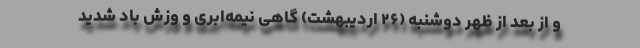
و از بعد از ظهر دوشنبه (۲۶ اردیبهشت) گاهی نیمه‌ابری و وزش باد شدید